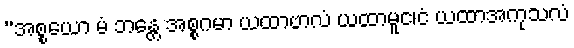
”အစ္စယော မံ ဘန္တေ အစ္စဂမာ ယထာဗာလံ ယထာမူင၊ငံ ယထာအကုသလံ